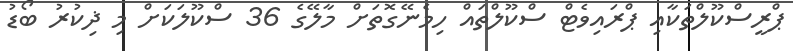
ޕްރީސްކޫލްތަކާއި ޕްރައިވެޓް ސްކޫލްތައް ހިމެނޭގޮތަށް މާލޭގެ 36 ސްކޫލަކަށް މި ޛިކުރު ބޯޑު